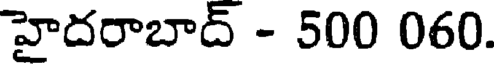
హైదరాబాద్ - 500 060.